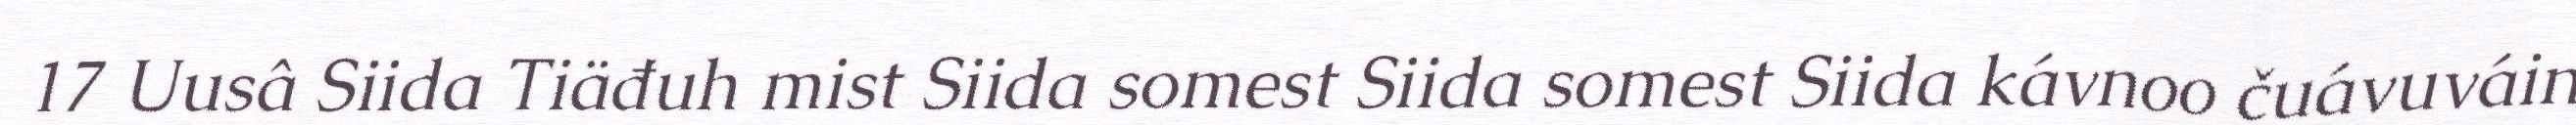
17 Uusâ Siida Tiäđuh mist Siida somest Siida somest Siida kávnoo čuávuváin